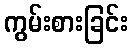
ကွမ်းစားခြင်း